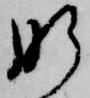
肝